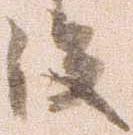
没